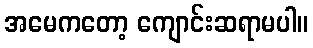
အမေကတော့ ကျောင်းဆရာမပါ။